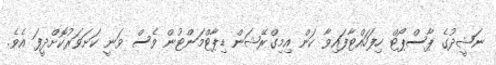
ނަޝީދުގެ ޕާސްޕޯޓް ހިފަހައްޓާފައިވާ ކަން އިމިގްރޭޝަން ޑިޕާޓްމަންޓުން ވެސް ވަނީ ކަށަވަރުކޮށްދީފަ އެވެ.